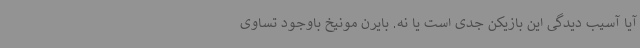
آیا آسیب دیدگی این بازیکن جدی است یا نه. بایرن مونیخ باوجود تساوی